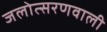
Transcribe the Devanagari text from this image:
जलोत्सरणवाली